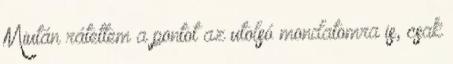
Miután rátettem a pontot az utolsó mondatomra is, csak